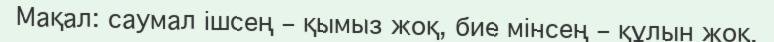
Мақал: саумал ішсең – қымыз жоқ, бие мінсең – құлын жоқ.